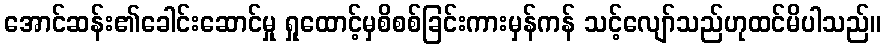
အောင်ဆန်း၏ခေါင်းဆောင်မှု ရှုထောင့်မှစိစစ်ခြင်းကားမှန်ကန် သင့်လျော်သည်ဟုထင်မိပါသည်။